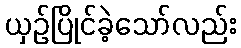
ယှဉ်ပြိုင်ခဲ့သော်လည်း